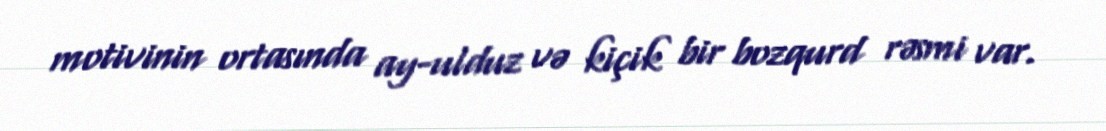
motivinin ortasında ay-ulduz və kiçik bir bozqurd rəsmi var.